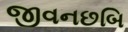
જીવનછબિ